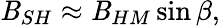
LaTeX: \mathit{B}_{SH}\approx\mathit{B}_{HM}\sin\beta,